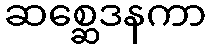
ဆစ္ဆေဒနကာ